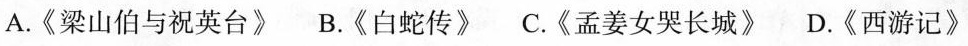
A.《梁山伯与祝英台》B.《白蛇传》C.《孟姜女哭长城》D.《西游记》